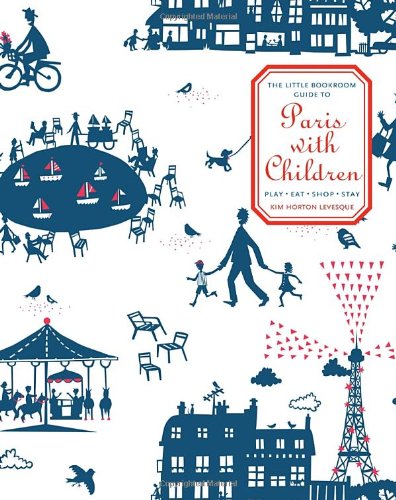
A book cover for The Little Bookroom Guide to Paris with Children: Play, Eat, Shop, Stay; Kim Horton Levesque; Travel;